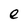
Character: e